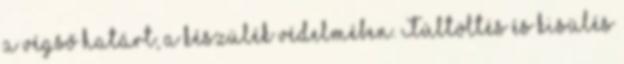
a végső határt, a készülék védelmében. Túltöltés és kisülés